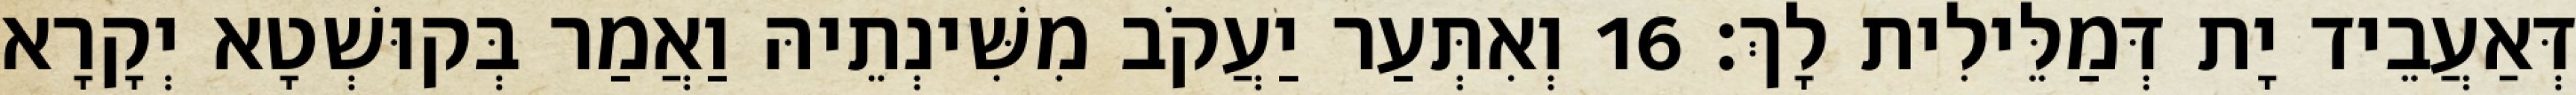
דְּאַעֲבֵיד יָת דְּמַלֵּילִית לָךְ׃ 16 וְאִתְּעַר יַעֲקֹב מִשִּׁינְתֵיהּ וַאֲמַר בְּקוּשְׁטָא יְקָרָא